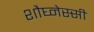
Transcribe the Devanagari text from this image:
शौघ्नेस्सी